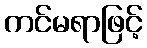
ကင်မရာဖြင့်